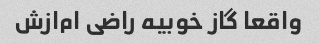
واقعا گاز خوبیه راضی ام‌ازش